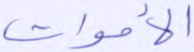
الأموات